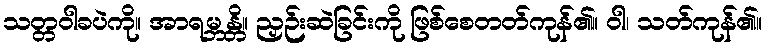
သတ္တဝါခပဲကို။ အာရမ္ဘန္တိ။ ညှဉ်းဆဲခြင်းကို ဖြစ်စေတတ်ကုန်၏။ ဝါ၊ သတ်ကုန်၏။